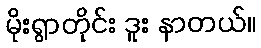
မိုးရွာတိုင်း ဒူး နာတယ်။